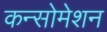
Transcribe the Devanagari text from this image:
कन्सोमेशन